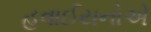
હવાઈયનોએ